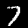
Digit: 7